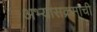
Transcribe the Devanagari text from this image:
अभ्‍यासक्रमाची